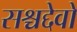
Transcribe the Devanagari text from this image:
सश्चद्देवो